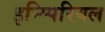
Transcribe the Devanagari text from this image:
इन्म्पिरियल